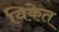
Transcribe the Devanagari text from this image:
विकेत